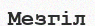
Мезгіл